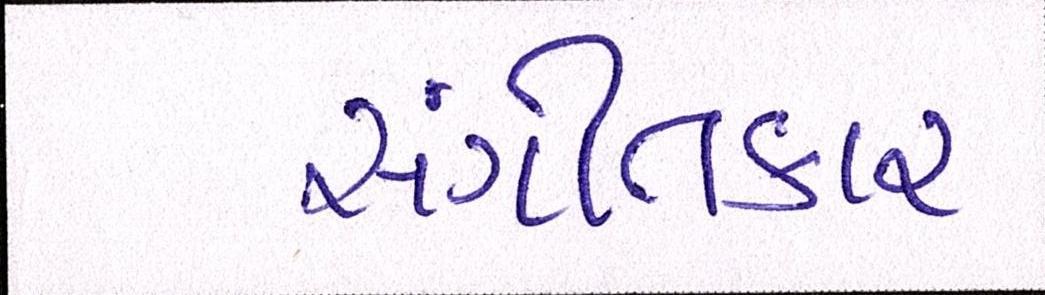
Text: સંગીતકાર